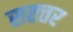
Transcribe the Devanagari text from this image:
सतत्तर